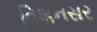
વિશનસર